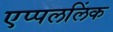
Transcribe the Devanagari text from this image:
एप्पललिंक